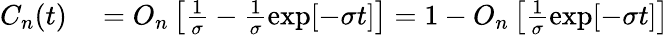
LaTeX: \begin{array}{rl}{C_{n}(t)}&{{}=O_{n}\left[\frac{1}{\sigma}-\frac{1}{\sigma}\exp[-\sigma t]\right]=1-O_{n}\left[\frac{1}{\sigma}\exp[-\sigma t]\right]}\end{array}